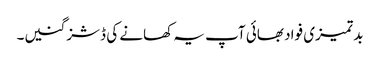
بد تمیزی فواد بھائی آپ یہ کھانے کی ڈشز گنیں۔